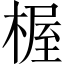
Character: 楃